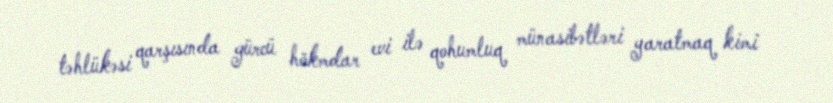
təhlükəsi qarşısında gürcü hökmdar evi ilə qohumluq münasibətləri yaratmaq kimi